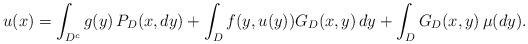
LaTeX: \begin{align*}u(x)=\int_{D^c}g(y)\,P_D(x,dy)+\int_Df(y,u(y))G_D(x,y)\,dy+\int_DG_D(x,y)\,\mu(dy).\end{align*}